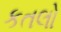
કતલો